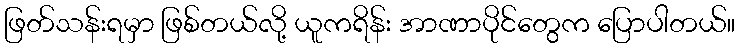
ဖြတ်သန်းရမှာ ဖြစ်တယ်လို့ ယူကရိန်း အာဏာပိုင်တွေက ပြောပါတယ်။